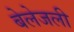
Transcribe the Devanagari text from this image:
बेलेजली